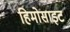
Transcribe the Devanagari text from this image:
हिमोसाइट